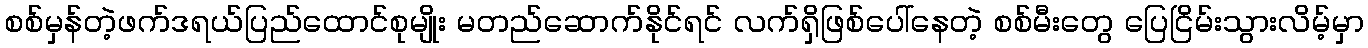
စစ်မှန်တဲ့ဖက်ဒရယ်ပြည်ထောင်စုမျိုး မတည်ဆောက်နိုင်ရင် လက်ရှိဖြစ်ပေါ်နေတဲ့ စစ်မီးတွေ ပြေငြိမ်းသွားလိမ့်မှာ